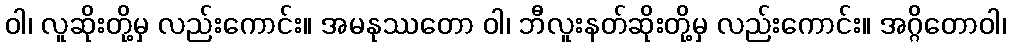
ဝါ၊ လူဆိုးတို့မှ လည်းကောင်း။ အမနုဿတော ဝါ၊ ဘီလူးနတ်ဆိုးတို့မှ လည်းကောင်း။ အဂ္ဂိတောဝါ၊